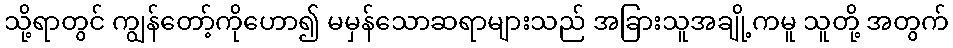
သို့ရာတွင် ကျွန်တော့်ကိုဟော၍ မမှန်သောဆရာများသည် အခြားသူအချို့ကမူ သူတို့ အတွက်